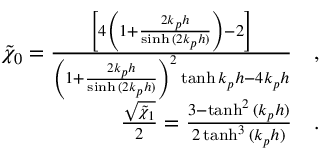
\begin{array} { r } { \tilde { \chi } _ { 0 } = \frac { \left[ 4 \left( 1 + \frac { 2 k _ { p } h } { \sinh { ( 2 k _ { p } h ) } } \right) - 2 \right] } { \left( 1 + \frac { 2 k _ { p } h } { \sinh { ( 2 k _ { p } h ) } } \right) ^ { 2 } \operatorname { t a n h } { k _ { p } h } - 4 k _ { p } h } \quad , } \\ { \frac { \sqrt { \tilde { \chi } _ { 1 } } } { 2 } = \frac { 3 - \operatorname { t a n h } ^ { 2 } { ( k _ { p } h ) } } { 2 \operatorname { t a n h } ^ { 3 } { ( k _ { p } h ) } } \quad . } \end{array}